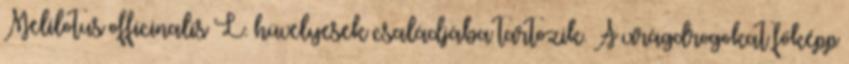
Melilotus officinalis L. hüvelyesek családjába tartozik. A virágdrogokat főképp